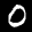
Label: 0